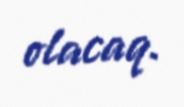
olacaq.